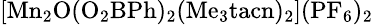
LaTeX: \mathrm{\small{[Mn_{2}O(O_{2}BPh)_{2}(Me_{3}tacn)_{2}](PF_{6})_{2}}}